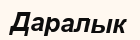
Даралык